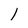
Character: 1